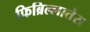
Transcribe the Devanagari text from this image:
फिब्रिल्लातेस